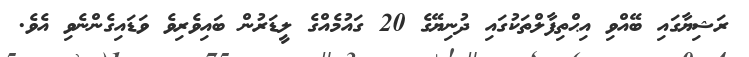
ރަޝިޔާގައި ބޭއްވި އިޙްތިފާލްތަކުގައި ދުނިޔޭގެ 20 ގައުމެއްގެ ލީޑަރުން ބައިވެރިވެ ވަޑައިގެންނެވި އެވެ.